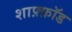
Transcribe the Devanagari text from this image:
शाफ़्फ़ॉड